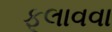
ફૂલાવવા